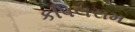
કપિલરામ